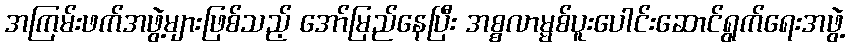
အကြမ်းဖက်အဖွဲ့များဖြစ်သည့် အော်မြည်နေပြီး အစ္စလာမ္မစ်ပူးပေါင်းဆောင်ရွက်ရေးအဖွဲ့